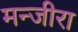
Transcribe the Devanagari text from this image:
मन्जीरा